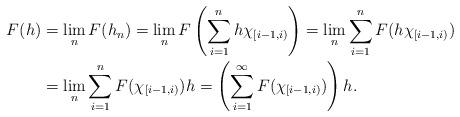
LaTeX: \begin{align*}F(h)&=\lim_n F(h_n)=\lim_n F\left(\sum_{i=1}^nh\chi_{[i-1,i)}\right)=\lim_n\sum_{i=1}^n F(h\chi_{[i-1,i)})\\&=\lim_n\sum_{i=1}^n F(\chi_{[i-1,i)})h=\left(\sum_{i=1}^\infty F(\chi_{[i-1,i)})\right)h.\end{align*}